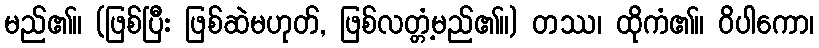
မည်၏။ (ဖြစ်ပြီး ဖြစ်ဆဲမဟုတ်, ဖြစ်လတ္တံ့မည်၏။) တဿ၊ ထိုကံ၏။ ဝိပါကော၊